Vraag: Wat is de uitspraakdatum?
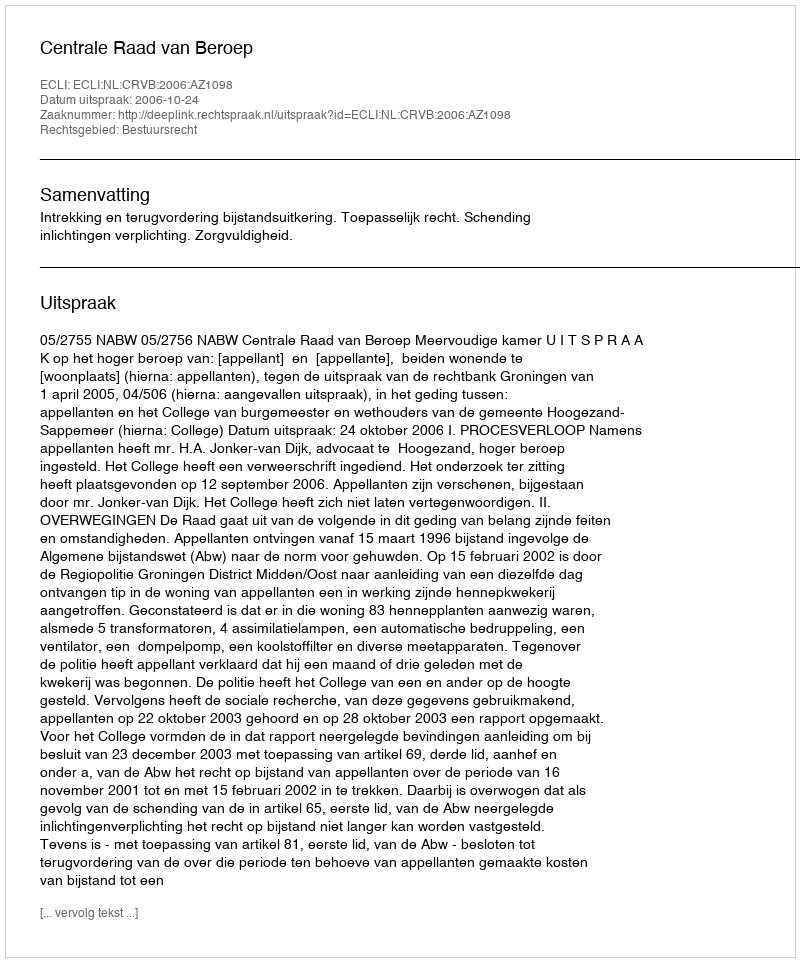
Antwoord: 2006-10-24